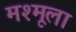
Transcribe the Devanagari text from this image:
मश्मूला